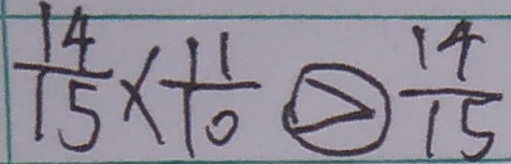
\frac { 1 4 } { 1 5 } \times \frac { 1 1 } { 1 0 } \textcircled { > } \frac { 1 4 } { 1 5 }